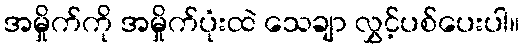
အမှိုက်ကို အမှိုက်ပုံးထဲ သေချာ လွှင့်ပစ်ပေးပါ။